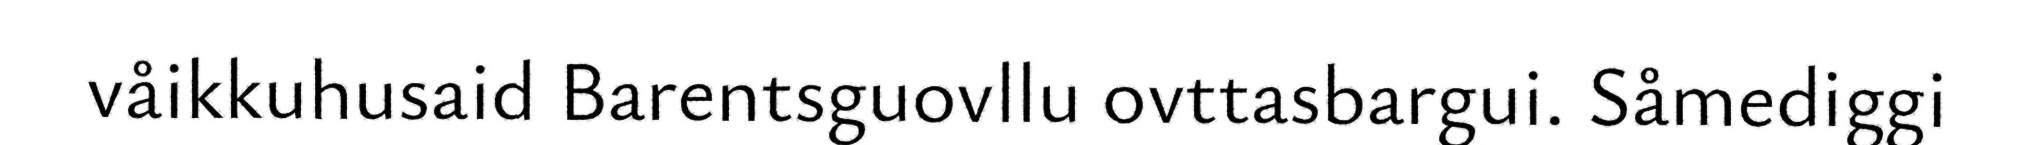
våikkuhusaid Barentsguovllu ovttasbargui. Såmediggi